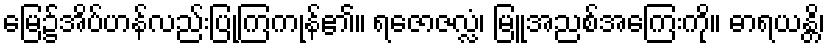
မြေ၌အိပ်ဟန်လည်းပြုကြကုန်၏။ ရဇောဇလ္လံ၊ မြူအညစ်အကြေးကို။ ဓာရယန္တိ၊